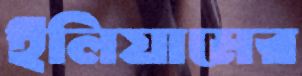
ইলিয়ামের